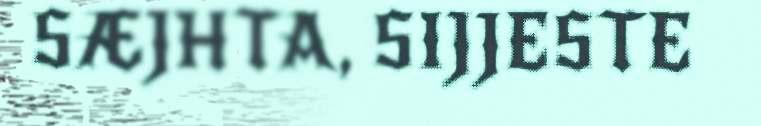
SÆJHTA, SIJJESTE